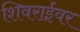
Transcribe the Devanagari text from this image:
शिवराईवर